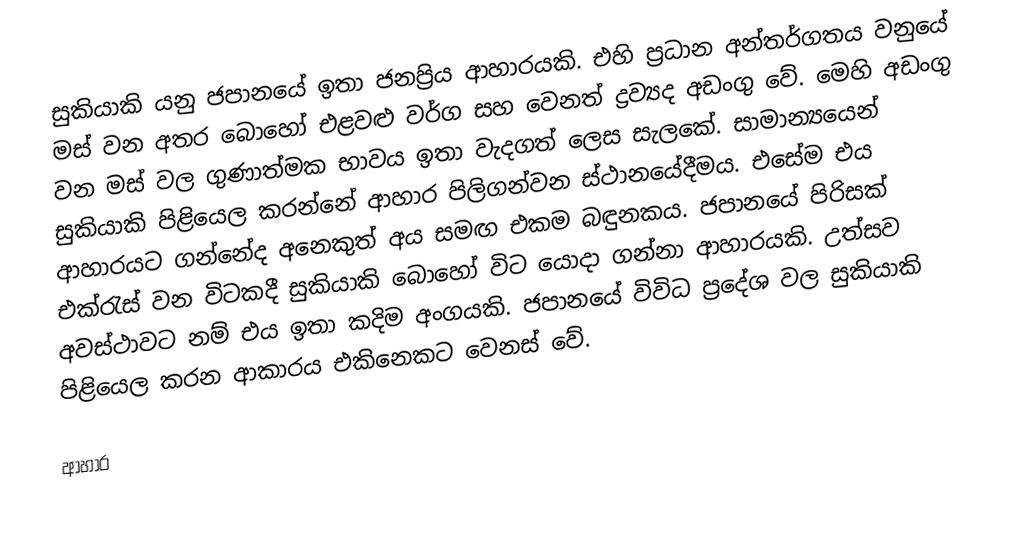
සුකියාකි යනු ජපානයේ ඉතා ජනප්‍රිය ආහාරයකි. එහි ප්‍රධාන අන්තර්ගතය වනුයේ මස් වන අතර බොහෝ එළවළු වර්ග සහ වෙනත් ද්‍රව්‍යද අඩංගු වේ. මෙහි අඩංගු වන මස් වල ගුණාත්මක භාවය ඉතා වැදගත් ලෙස සැලකේ. සාමාන්‍යයෙන් සුකියාකි පිළියෙල කරන්නේ ආහාර පිලිගන්වන ස්ථානයේදීමය. එසේම එය ආහාරයට ගන්නේද අනෙකුත් අය සමඟ එකම බඳුනකය. ජපානයේ පිරිසක් එක්රැස් වන විටකදී සුකියාකි බොහෝ විට යොදා ගන්නා ආහාරයකි. උත්සව අවස්ථාවට නම් එය ඉතා කදිම අංගයකි. ජපානයේ විවිධ ප්‍රදේශ වල සුකියාකි පිළියෙල කරන ආකාරය එකිනෙකට වෙනස් වේ.

ආහාර